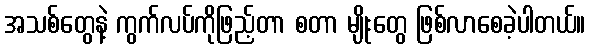
အသစ်တွေနဲ့ ကွက်လပ်ကိုဖြည့်တာ စတာ မျိုးတွေ ဖြစ်လာစေခဲ့ပါတယ်။